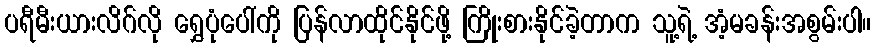
ပရီမီးယားလိဂ်လို ရွှေပုံပေါ်ကို ပြန်လာထိုင်နိုင်ဖို့ ကြိုးစားနိုင်ခဲ့တာက သူ့ရဲ့ အံ့မခန်းအစွမ်းပါ။